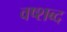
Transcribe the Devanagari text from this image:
वष्शब्द